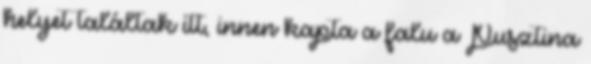
helyet találtak itt, innen kapta a falu a Pusztina